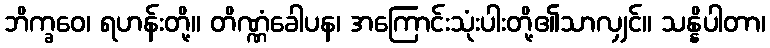
ဘိက္ခဝေ၊ ရဟန်းတို့။ တိဏ္ဏံခေါပန၊ အကြောင်းသုံးပါးတို့၏သာလျှင်။ သန္နိပါတာ၊